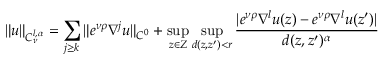
\| u \| _ { C _ { \nu } ^ { l , \alpha } } = \sum _ { j \geq k } \| e ^ { \nu \rho } \nabla ^ { j } u \| _ { C ^ { 0 } } + \operatorname* { s u p } _ { z \in Z } \operatorname* { s u p } _ { d ( z , z ^ { \prime } ) < r } \frac { | e ^ { \nu \rho } \nabla ^ { l } u ( z ) - e ^ { \nu \rho } \nabla ^ { l } u ( z ^ { \prime } ) | } { d ( z , z ^ { \prime } ) ^ { \alpha } }